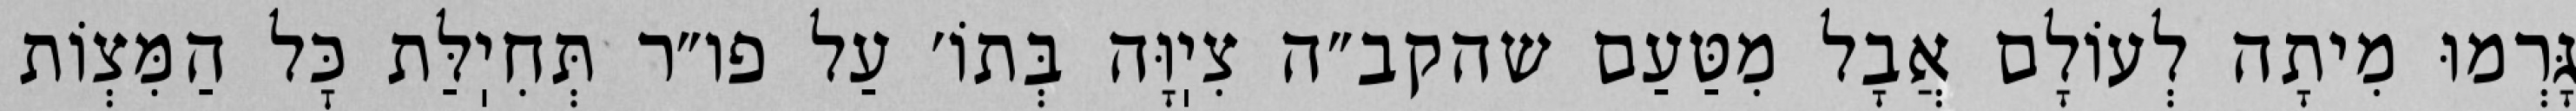
גָּרְמוּ מִיתָה לְעוֹלָם אֲבָל מִטַּעַם שהקב״ה צִיֽוָּה בְּתוֹ׳ עַל פו״ר תְּחִיֽלַּת כׇּל הַמִּצְוֹת